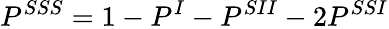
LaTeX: P^{SSS}=1-P^{I}-P^{SII}-2P^{SSI}